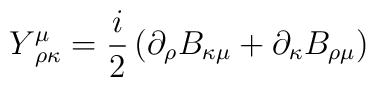
Y_{\,\,\rho \kappa }^{\mu }=\frac{i}{2}\left( \partial _{\rho }B_{\kappa \mu}+\partial _{\kappa }B_{\rho \mu }\right)